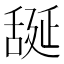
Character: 𦧝